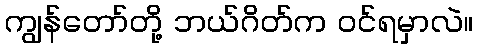
ကျွန်တော်တို့ ဘယ်ဂိတ်က ဝင်ရမှာလဲ။